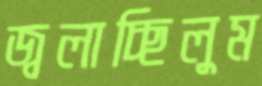
জ্বলাচ্ছিলুম